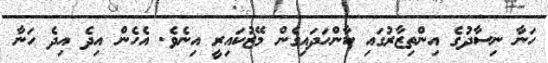
ހަނާ ނިސާދުގެ އިންތިޒާރުގައި ކާންހަދައިގެން މޭޒުކައިރީ އިނެވެ. އެހެން އިދެ އިދެ ހަނާ